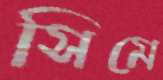
সিমে